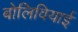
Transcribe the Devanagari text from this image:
बोलिवियाई